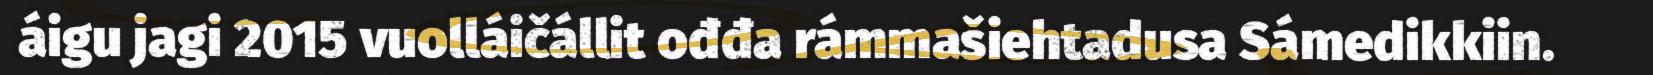
áigu jagi 2015 vuolláičállit ođđa rámmašiehtadusa Sámedikkiin.